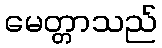
မေတ္တာသည်